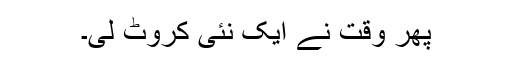
پھر وقت نے ایک نئی کروٹ لی۔